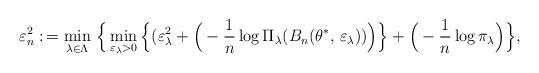
LaTeX: \begin{align*}\varepsilon_{n}^2 :\,= \min_{\lambda\in\Lambda} \, \Big\{ \min_{\varepsilon_\lambda>0}\Big\{(\varepsilon^2_{\lambda} + \Big(-\frac{1}{n}\log \Pi_\lambda(B_n(\theta^\ast,\,\varepsilon_\lambda))\Big)\Big\} + \Big(-\frac{1}{n}\log \pi_\lambda\Big)\Big\},\end{align*}